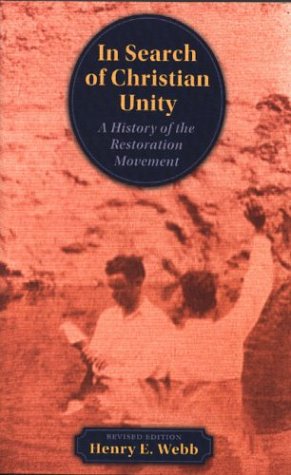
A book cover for In Search of Christian Unity: A History of the Restoration Movement; Henry E. Webb; Christian Books & Bibles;